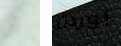
أن بوردن